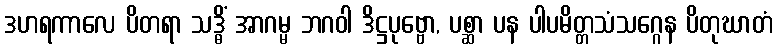
ဒဟရကာလေ ပိတရာ သဒ္ဓိံ အာဂမ္မ ဘဂဝါ ဒိဋ္ဌပုဗ္ဗော, ပစ္ဆာ ပန ပါပမိတ္တသံသဂ္ဂေန ပိတုဃာတံ